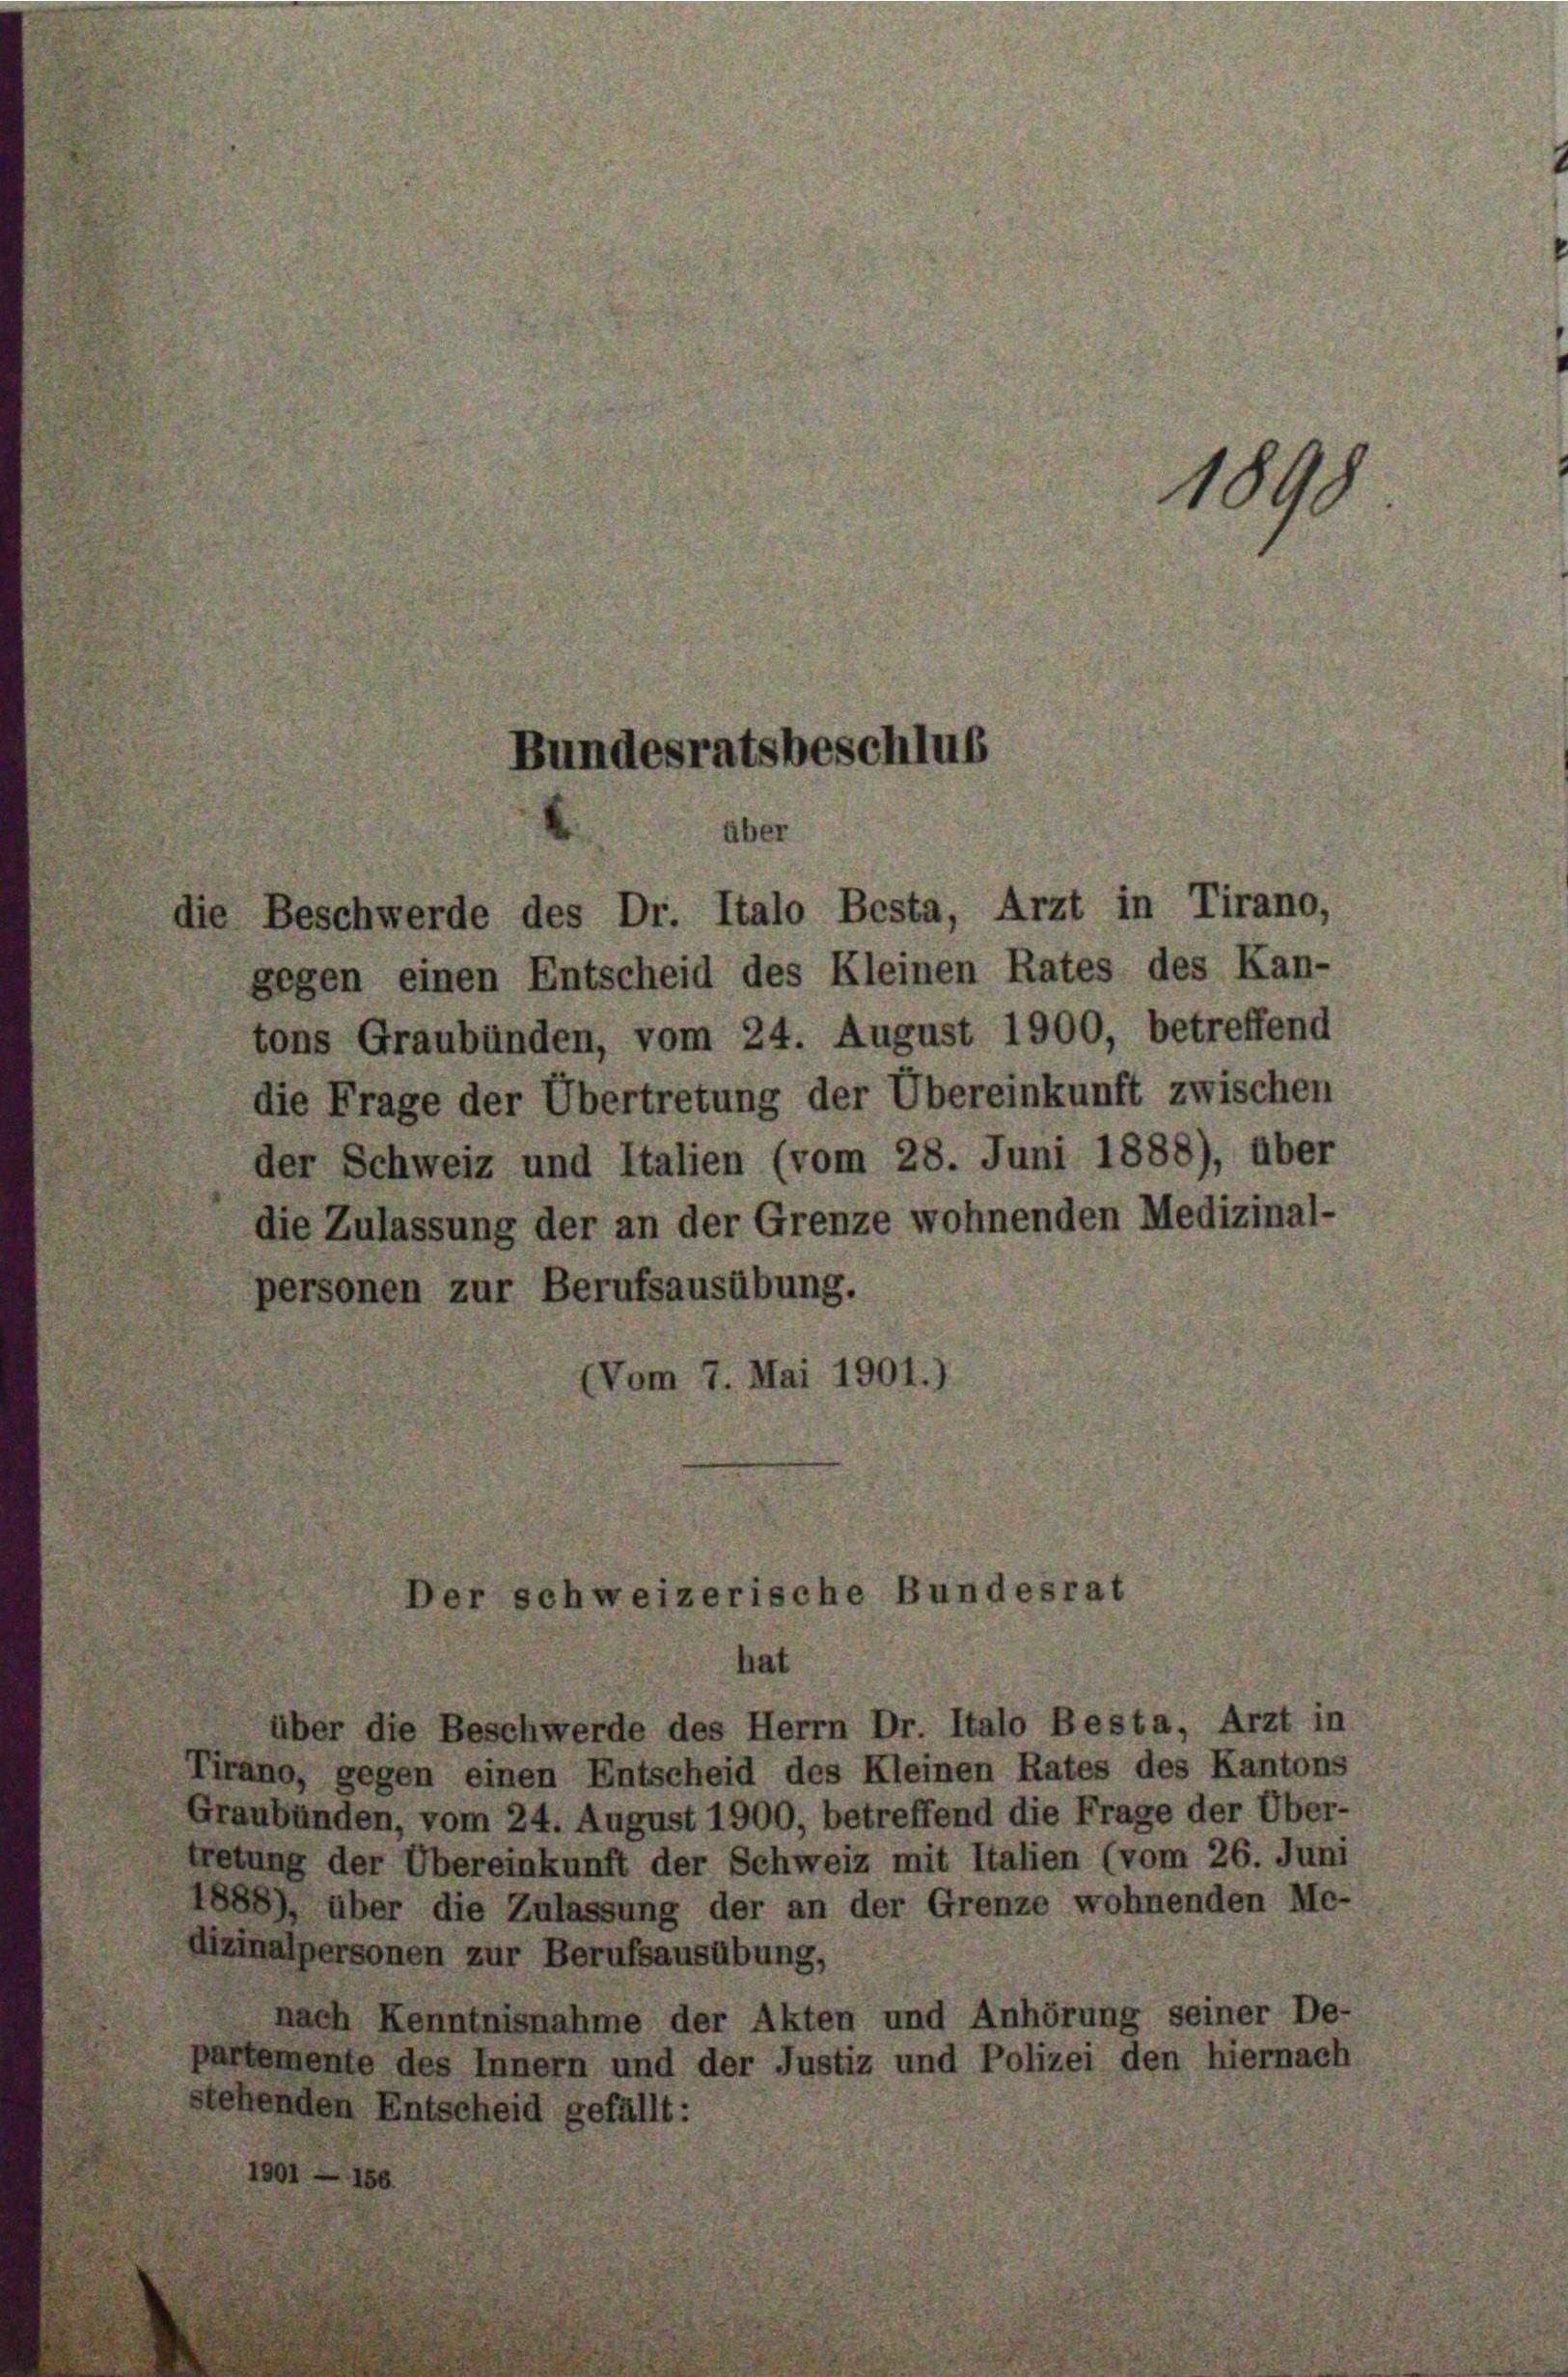
ic

Bundesratsbeschlus

über

Beschwerde des Dr. Italo Besta, Arzt in Tirano,
gegen einen Entscheid des Kleinen Rates des Kan-
tons Graubünden, vom 24. August 1900, betreffend
die Frage der Übertretung der Übereinkunft zwischen
der Schweiz und Italien (vom 28. Juni 1888), über
die Zulassung der an der Grenze wohnenden Medizinal-
personen zur Berufsausübung.
Vom 7. Mai 190.

Der schweizerische Bundesrat
hat

1898

über die Beschwerde des Herrn Dr. Italo Besta, Arzt in
Tirano, gegen einen Entscheid des Kleinen Rates des Kantons
Graubünden, vom 24. August 1900, betreffend die Frage der Über-
tretung der Übereinkunft der Schweiz mit Italien (vom 26. Juni
1888), über die Zulassung der an der Grenze wohnenden Me-
dizinalpersonen zur Berufsausübung,
nach Kenntnisnahme der Akten und Anhörung seiner De-
partemente des Innern und der Justiz und Polizei den hiernach
stehenden Entscheid gefällt: